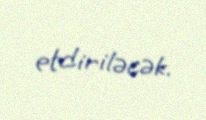
etdiriləcək.